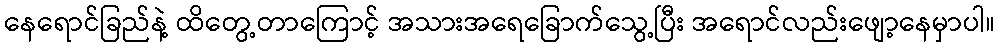
နေရောင်ခြည်နဲ့ ထိတွေ့တာကြောင့် အသားအရေခြောက်သွေ့ပြီး အရောင်လည်းဖျော့နေမှာပါ။